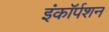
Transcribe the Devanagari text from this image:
इंकॉर्पशन